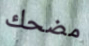
مضحك